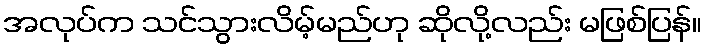
အလုပ်က သင်သွားလိမ့်မည်ဟု ဆိုလို့လည်း မဖြစ်ပြန်။